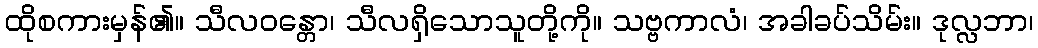
ထိုစကားမှန်၏။ သီလဝန္တော၊ သီလရှိသောသူတို့ကို။ သဗ္ဗကာလံ၊ အခါခပ်သိမ်း။ ဒုလ္လဘာ၊